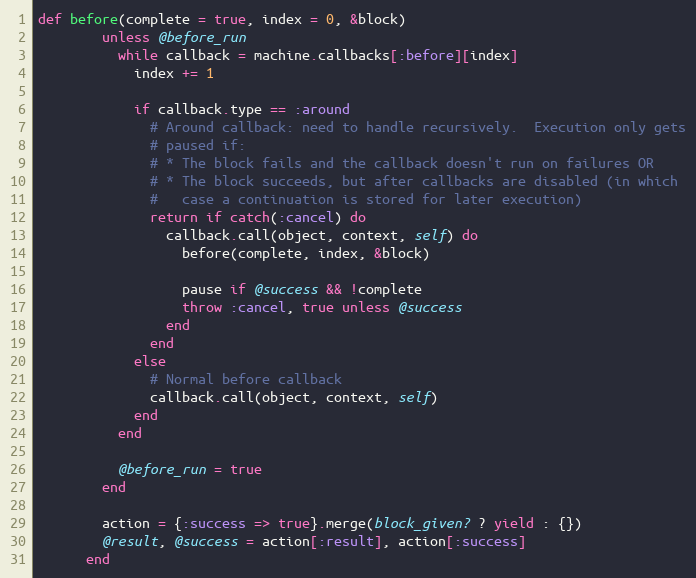
Language: Ruby
def before(complete = true, index = 0, &block)
        unless @before_run
          while callback = machine.callbacks[:before][index]
            index += 1

            if callback.type == :around
              # Around callback: need to handle recursively.  Execution only gets
              # paused if:
              # * The block fails and the callback doesn't run on failures OR
              # * The block succeeds, but after callbacks are disabled (in which
              #   case a continuation is stored for later execution)
              return if catch(:cancel) do
                callback.call(object, context, self) do
                  before(complete, index, &block)

                  pause if @success && !complete
                  throw :cancel, true unless @success
                end
              end
            else
              # Normal before callback
              callback.call(object, context, self)
            end
          end

          @before_run = true
        end

        action = {:success => true}.merge(block_given? ? yield : {})
        @result, @success = action[:result], action[:success]
      end